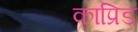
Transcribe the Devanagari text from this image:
काप्रिड